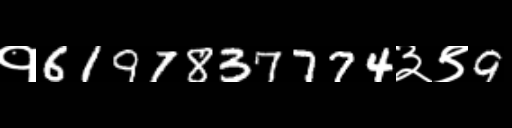
Text: १6197837774३९9